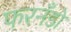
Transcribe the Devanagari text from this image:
फरनँडो